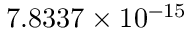
7 . 8 3 3 7 \times 1 0 ^ { - 1 5 }